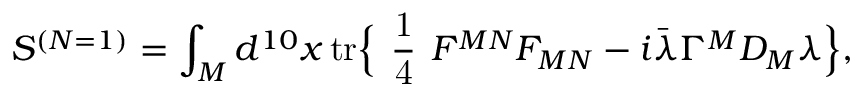
S ^ { ( N = 1 ) } = \int _ { M } d ^ { 1 0 } x \, \mathrm { t r } \Bigr \{ \mathrm { \large ~ \frac { 1 } { 4 } ~ } F ^ { M N } F _ { M N } - i \bar { \lambda } \Gamma ^ { M } D _ { M } \lambda \Bigr \} ,